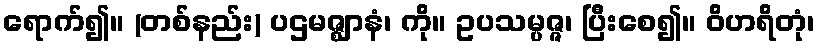
ရောက်၍။ (တစ်နည်း) ပဌမဇ္ဈာနံ၊ ကို။ ဥပသမ္ပဇ္ဇ၊ ပြီးစေ၍။ ဝိဟရိတုံ၊